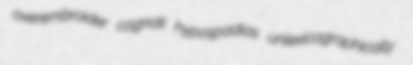
overembroider cognati hypospadias unlexicographically